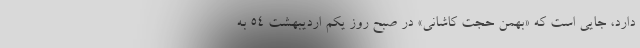
دارد، جایی است که «بهمن حجت کاشانی» در صبح روز یکم اردیبهشت ۵۴ به